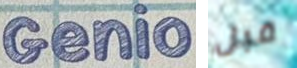
Genio قبل